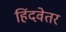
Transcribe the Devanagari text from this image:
हिंदवेतर